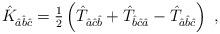
LaTeX: \begin{align*}\hat{K}_{\hat{a}\hat{b}\hat{c}}= {\textstyle\frac{1}{2}}\left(\hat{T}_{\hat{a}\hat{c}\hat{b}}+\hat{T}_{\hat{b}\hat{c}\hat{a}}-\hat{T}_{\hat{a}\hat{b}\hat{c}}\right) \; ,\end{align*}